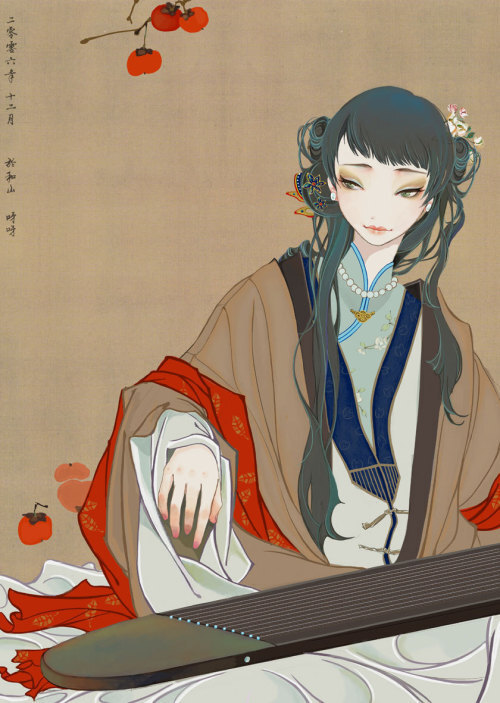
去年折赠行人远，今年恨依然纤手。